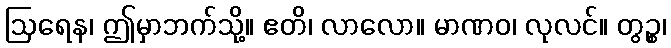
ဩရေန၊ ဤမှာဘက်သို့။ ဧတိ၊ လာလော။ မာဏဝ၊ လုလင်။ တွဉ္စ၊